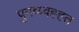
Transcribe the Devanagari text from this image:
पुनव्य्वह्ह्त